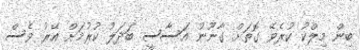
ބިން މިލްކު ކުރެވޭ ގޮތަށް ގާނޫނު އަސާސީ ބަދަލު ކުރުމަށް އޭރު ވެސް